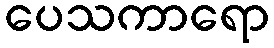
ပေသကာရော